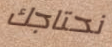
نحتاجك